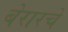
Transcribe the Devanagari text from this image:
बेरारचे